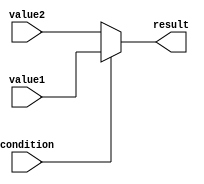
module conditional_assign (
    input wire condition,
    input wire[3:0] value1,
    input wire[3:0] value2,
    output reg[3:0] result
);

always @(*) begin
    if (condition) begin
        result = value1;
    end else begin
        result = value2;
    end
end

endmodule